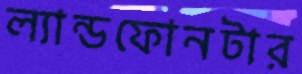
ল্যান্ডফোনটার